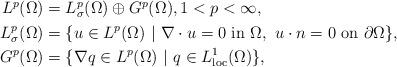
LaTeX: \begin{align*}\begin{aligned}L^{p}(\Omega)&=L^{p}_{\sigma}(\Omega)\oplus G^{p} (\Omega),1<p<\infty,\\ L^{p}_{\sigma}(\Omega)&=\{u\in L^{p}(\Omega)\ |\ \nabla \cdot u=0\ \textrm{in}\ \Omega,\ u\cdot n=0\ \textrm{on}\ \partial\Omega\},\\G^{p}(\Omega)&=\{\nabla q\in L^{p}(\Omega)\ |\ q\in L^{1}_{\textrm{loc}}(\Omega) \},\end{aligned}\end{align*}